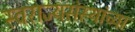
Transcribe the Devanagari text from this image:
स्वराज्यसंस्थांच्या